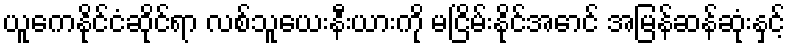
ယူကေနိုင်ငံဆိုင်ရာ လစ်သူယေးနီးယားကို မငြိမ်းနိုင်အောင် အမြန်ဆန်ဆုံးနှင့်